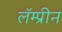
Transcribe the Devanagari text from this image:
लॅम्प्रीन